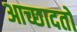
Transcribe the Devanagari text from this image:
आच्छादतो